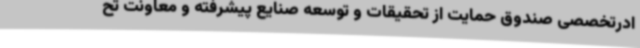
ادرتخصصی صندوق حمایت از تحقیقات و توسعه صنایع پیشرفته و معاونت تح